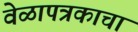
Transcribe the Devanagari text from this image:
वेळापत्रकाचा